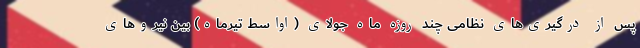
پس از درگیری‌های نظامی چند روزه ماه جولای (اواسط تیرماه) بین نیروهای